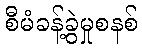
စီမံခန့်ခွဲမှုစနစ်